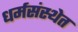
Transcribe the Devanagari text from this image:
धर्मसंस्थेत